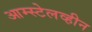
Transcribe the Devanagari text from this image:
आम्स्टेलव्हीन